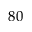
8 0